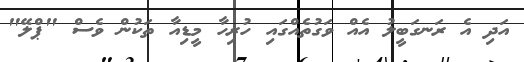
އަދި އެ ރަނގަބީލު އެއް ވަގުތެއްގައި ހުރިހާ މީޑިއާ ތަކުން ވެސް "ޕްލޭ"